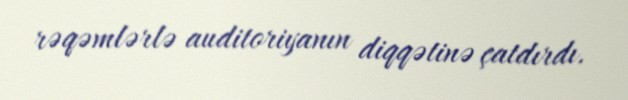
rəqəmlərlə auditoriyanın diqqətinə çatdırdı.